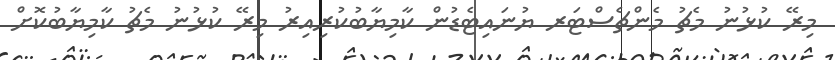
މިރޭ ކުޅުނު މެޗު މެންޗެސްޓަރ ޔުނައިޓެޑުން ކާމިޔާބުކުރިއިރު މިރޭ ކުޅުނު މެޗު ކާމިޔާބުކޮށް